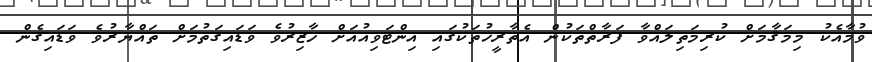
ވުމާއެކު މިމަޤާމަށް ކުރިމަތިލައްވާ ފަރާތްތަކުން އެތާރީޚުތަކުގައި އިންޓަވިއުއަށް ހާޒިރުވެ ވަޑައިގަތުމަށް ތައްޔާރުވެ ވަޑައިގެން